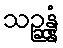
သဉ္ဆန္နံ